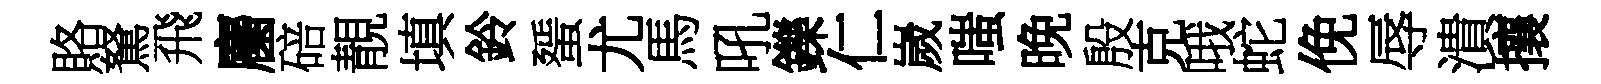
賂駑飛麕碚靚填鈴蜑尤馬吼鑠仁嵗嗤晚殷克哦蛇俛辱潰攘